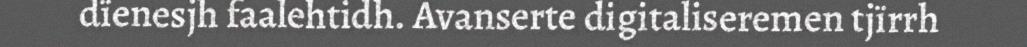
dïenesjh faalehtidh. Avanserte digitaliseremen tjïrrh